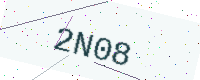
Text: 2N08